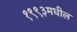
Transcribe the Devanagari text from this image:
१९९३मधील